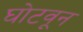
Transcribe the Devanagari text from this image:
घोटवून